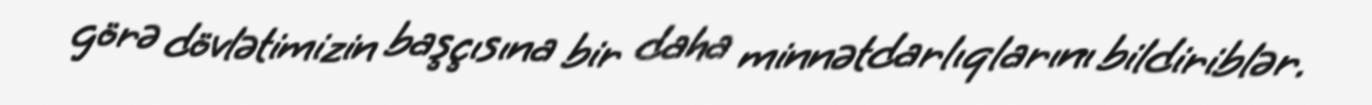
görə dövlətimizin başçısına bir daha minnətdarlıqlarını bildiriblər.